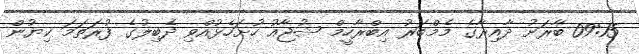
09:15 ބާރަށު ދާއިރާގެ މެމްބަރު އިބްރާހީމް ޝުޖާއު ހުށަހެޅުއްވި ދެބިލުގެ ފުރަތަމަ ކިޔުން